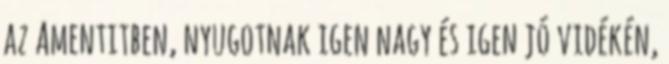
az Amentitben, nyugotnak igen nagy és igen jó vidékén,